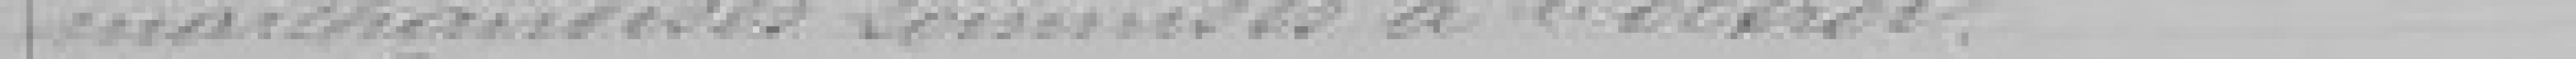
marchandises soumises à l'Octroi.